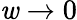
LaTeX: \mathit{w}\rightarrow0